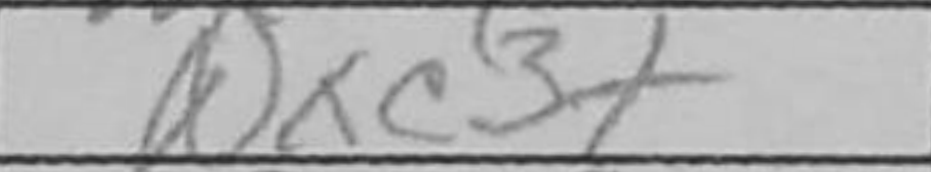
Transcription: Qxc3+